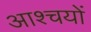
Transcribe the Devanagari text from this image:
आश्चयों